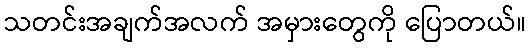
သတင်းအချက်အလက် အမှားတွေကို ပြောတယ်။